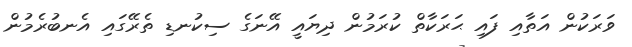
ވަރަކުން އަތާއި ފައި ޙަރަކާތް ކުރަމުން ދިޔައީ އޭނަގެ ސިކުނޑި ތެރޭގައި އެނބުރެމުން